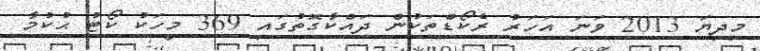
މިދިޔަ 2013 ވަނަ އަހަރު ރެކޯޑްތަކުން ދައްކާގޮތުގައި 369 މީހަކު ކޯޓު ޙުކުމާ